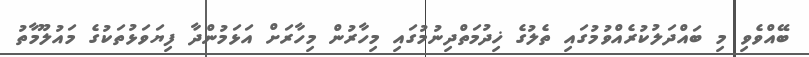
ބޭއްވެވި މި ބައްދަލުކުރެއްވުމުގައި ތެލުގެ ޚިދުމަތްދިނުމުގައި މިހާރުން މިހާރަށް އަޅަމުންދާ ފިޔަވަޅުތަކުގެ މައުލޫމާތު